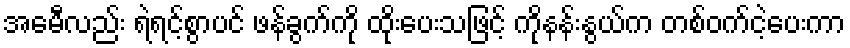
အေမီလည်း ရဲရင့်စွာပင် ဖန်ခွက်ကို ထိုးပေးသဖြင့် ကိုနန်းနွယ်က တစ်ဝက်ငဲ့ပေးကာ